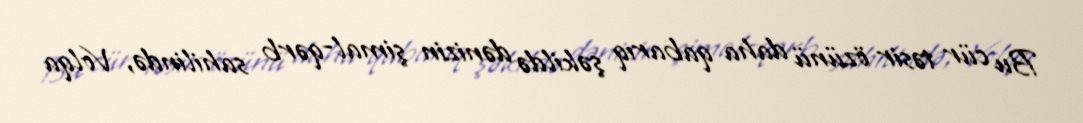
Bu cür təsir özünü daha qabarıq şəkildə dənizin şimal-qərb sahilində, Volqa